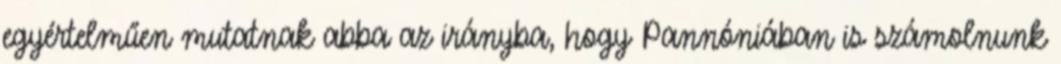
egyértelműen mutatnak abba az irányba, hogy Pannóniában is számolnunk